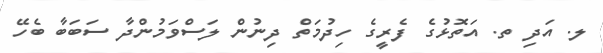
ލ. އަދި ތ. އަތޮޅުގެ ފެރީގެ ހިދުމަތް ދިނުން ލަސްވަމުންދާ ސަބަބާ ބެހޭ